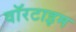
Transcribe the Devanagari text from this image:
वॉरटाइम